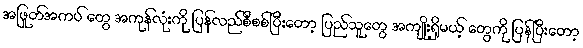
အဖြုတ်အကပ် တွေ အကုန်လုံးကို ပြန်လည်စီစစ်ပြီးတော့ ပြည်သူတွေ အကျိုးရှိမယ့် တွေကို ပြန်ပြီးတော့